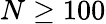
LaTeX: N\ge 100